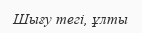
Шығу тегі, ұлты